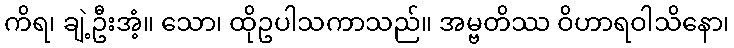
ကိရ၊ ချဲ့ဦးအံ့။ သော၊ ထိုဥပါသကာသည်။ အမ္ဗတိဿ ဝိဟာရဝါသိနော၊